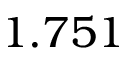
1 . 7 5 1